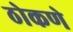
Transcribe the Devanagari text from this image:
ठोकणे